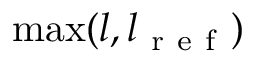
\operatorname* { m a x } ( l , l _ { \mathrm { ~ r ~ e ~ f ~ } } )